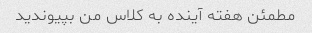
مطمئن هفته آینده به کلاس من بپیوندید